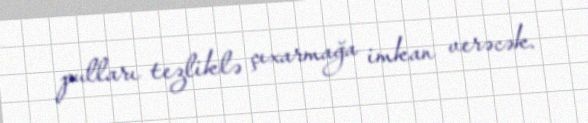
pulları tezliklə çıxarmağa imkan verəcək.